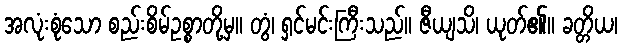
အလုံးစုံသော စည်းစိမ်ဥစ္စာတို့မှ။ တွံ၊ ရှင်မင်းကြီးသည်။ ဇီယျသိ၊ ယုတ်၏။ ခတ္တိယ၊